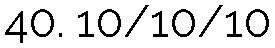
40. 10/10/10